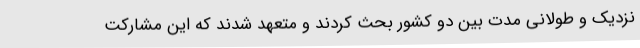
نزدیک و طولانی مدت بین دو کشور بحث کردند و متعهد شدند که این مشارکت